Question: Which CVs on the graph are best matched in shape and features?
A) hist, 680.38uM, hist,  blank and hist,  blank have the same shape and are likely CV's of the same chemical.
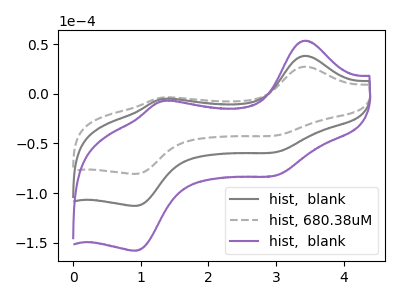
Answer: <think>The gray curve "hist,  blank" has anodic peaks at (3.40V, 38.25uA) (1.30V, -5.35uA) and cathodic peaks at (3.00V, -58.85uA) (0.90V, -113.00uA). The gray dashed curve "hist, 680.38uM" has anodic peaks at (3.40V, 27.35uA) (1.30V, -3.80uA) and cathodic peaks at (3.00V, -42.05uA) (0.90V, -80.75uA). The purple curve "hist,  blank" has anodic peaks at (3.40V, 76.55uA) (1.30V, -10.70uA) and cathodic peaks at (3.00V, -117.75uA) (0.90V, -225.95uA).
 All the peaks in "hist,  blank" have a peak in "hist, 680.38uM" at the same potential. All the peaks in "hist,  blank" have a peak in "hist,  blank" at the same potential. All the peaks in "hist, 680.38uM" have a peak in "hist,  blank" at the same potential.</think>
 <answer>A) "hist, 680.38uM", "hist,  blank" and "hist,  blank" have the same shape and are likely CV's of the same chemical.</answer>
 <eval>A</eval>